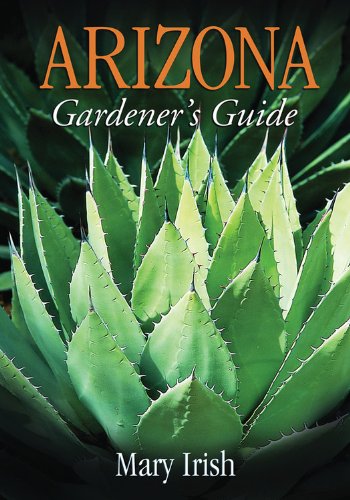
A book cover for Arizona Gardener's Guide (Gardener's Guides); Mary Irish; Crafts, Hobbies & Home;